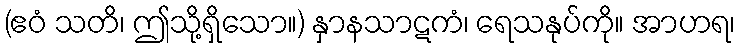
(ဧဝံ သတိ၊ ဤသို့ရှိသော။) နှာနသာဋကံ၊ ရေသနုပ်ကို။ အာဟရ၊